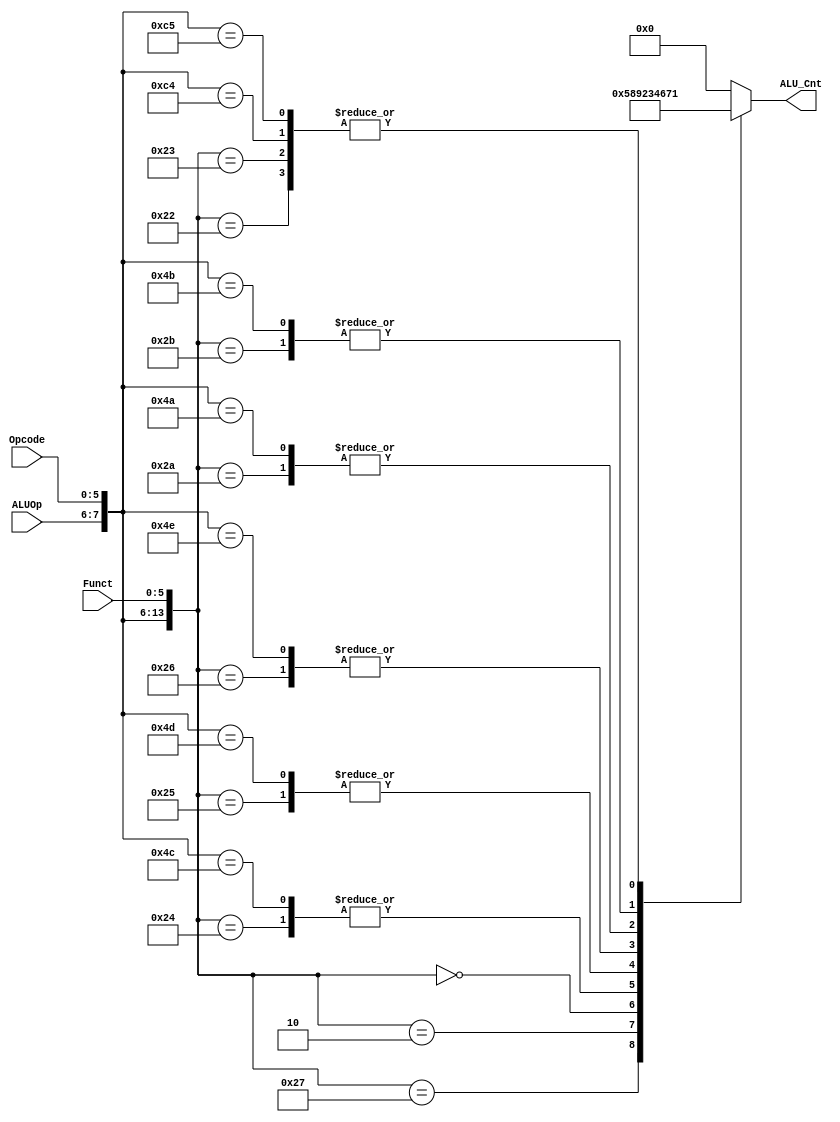
module alu_control( ALU_Cnt, ALUOp, Opcode, Funct);

 output reg[3:0] ALU_Cnt;
 input [1:0] ALUOp;
 input [5:0] Opcode;
 input [5:0] Funct;
 
 wire [13:0] ALUControlIn;
 
 assign ALUControlIn = {ALUOp,Opcode,Funct};
	
 always @(ALUControlIn)
 casex (ALUControlIn)
	14'b00000000100000: ALU_Cnt=4'b0000;
	14'b00000000100010: ALU_Cnt=4'b0001;
	14'b00000000100100: ALU_Cnt=4'b0010;
	14'b00000000100101: ALU_Cnt=4'b0011;
	14'b00000000100110: ALU_Cnt=4'b0100;
	14'b00000000100111: ALU_Cnt=4'b0101;
	14'b00000000100001: ALU_Cnt=4'b0000;
	14'b00000000100011: ALU_Cnt=4'b0001;
	14'b00000000101010: ALU_Cnt=4'b0110;
	14'b00000000101011: ALU_Cnt=4'b0111;
	14'b00000000000010: ALU_Cnt=4'b1000;
	14'b00000000000000: ALU_Cnt=4'b1001;
	
	14'b01001000xxxxxx: ALU_Cnt=4'b0000;
	14'b01001001xxxxxx: ALU_Cnt=4'b0000;	
	14'b01001100xxxxxx: ALU_Cnt=4'b0010;
	14'b01001101xxxxxx: ALU_Cnt=4'b0011;
	14'b01001110xxxxxx: ALU_Cnt=4'b0100;
	14'b01001010xxxxxx: ALU_Cnt=4'b0110;
	14'b01001011xxxxxx: ALU_Cnt=4'b0111;
	
	14'b10100011xxxxxx: ALU_Cnt=4'b0000;
	14'b10101011xxxxxx: ALU_Cnt=4'b0000;
	
	14'b11000100xxxxxx: ALU_Cnt=4'b0001;
	14'b11000101xxxxxx: ALU_Cnt=4'b0001;
	//14'11	000010	xxxxxx: ALU_Cnt=4'b0001;
	//14'11	000011	xxxxxx: ALU_Cnt=4'b0001;

	
   
  default: ALU_Cnt=4'b0000;
  endcase
endmodule